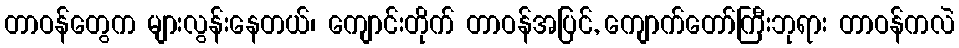
တာဝန်တွေက များလွန်းနေတယ်၊ ကျောင်းတိုက် တာဝန်အပြင်, ကျောက်တော်ကြီးဘုရား တာဝန်ကလဲ